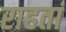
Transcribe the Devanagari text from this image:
राहतां